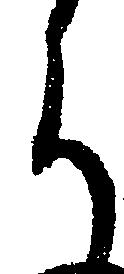
ち